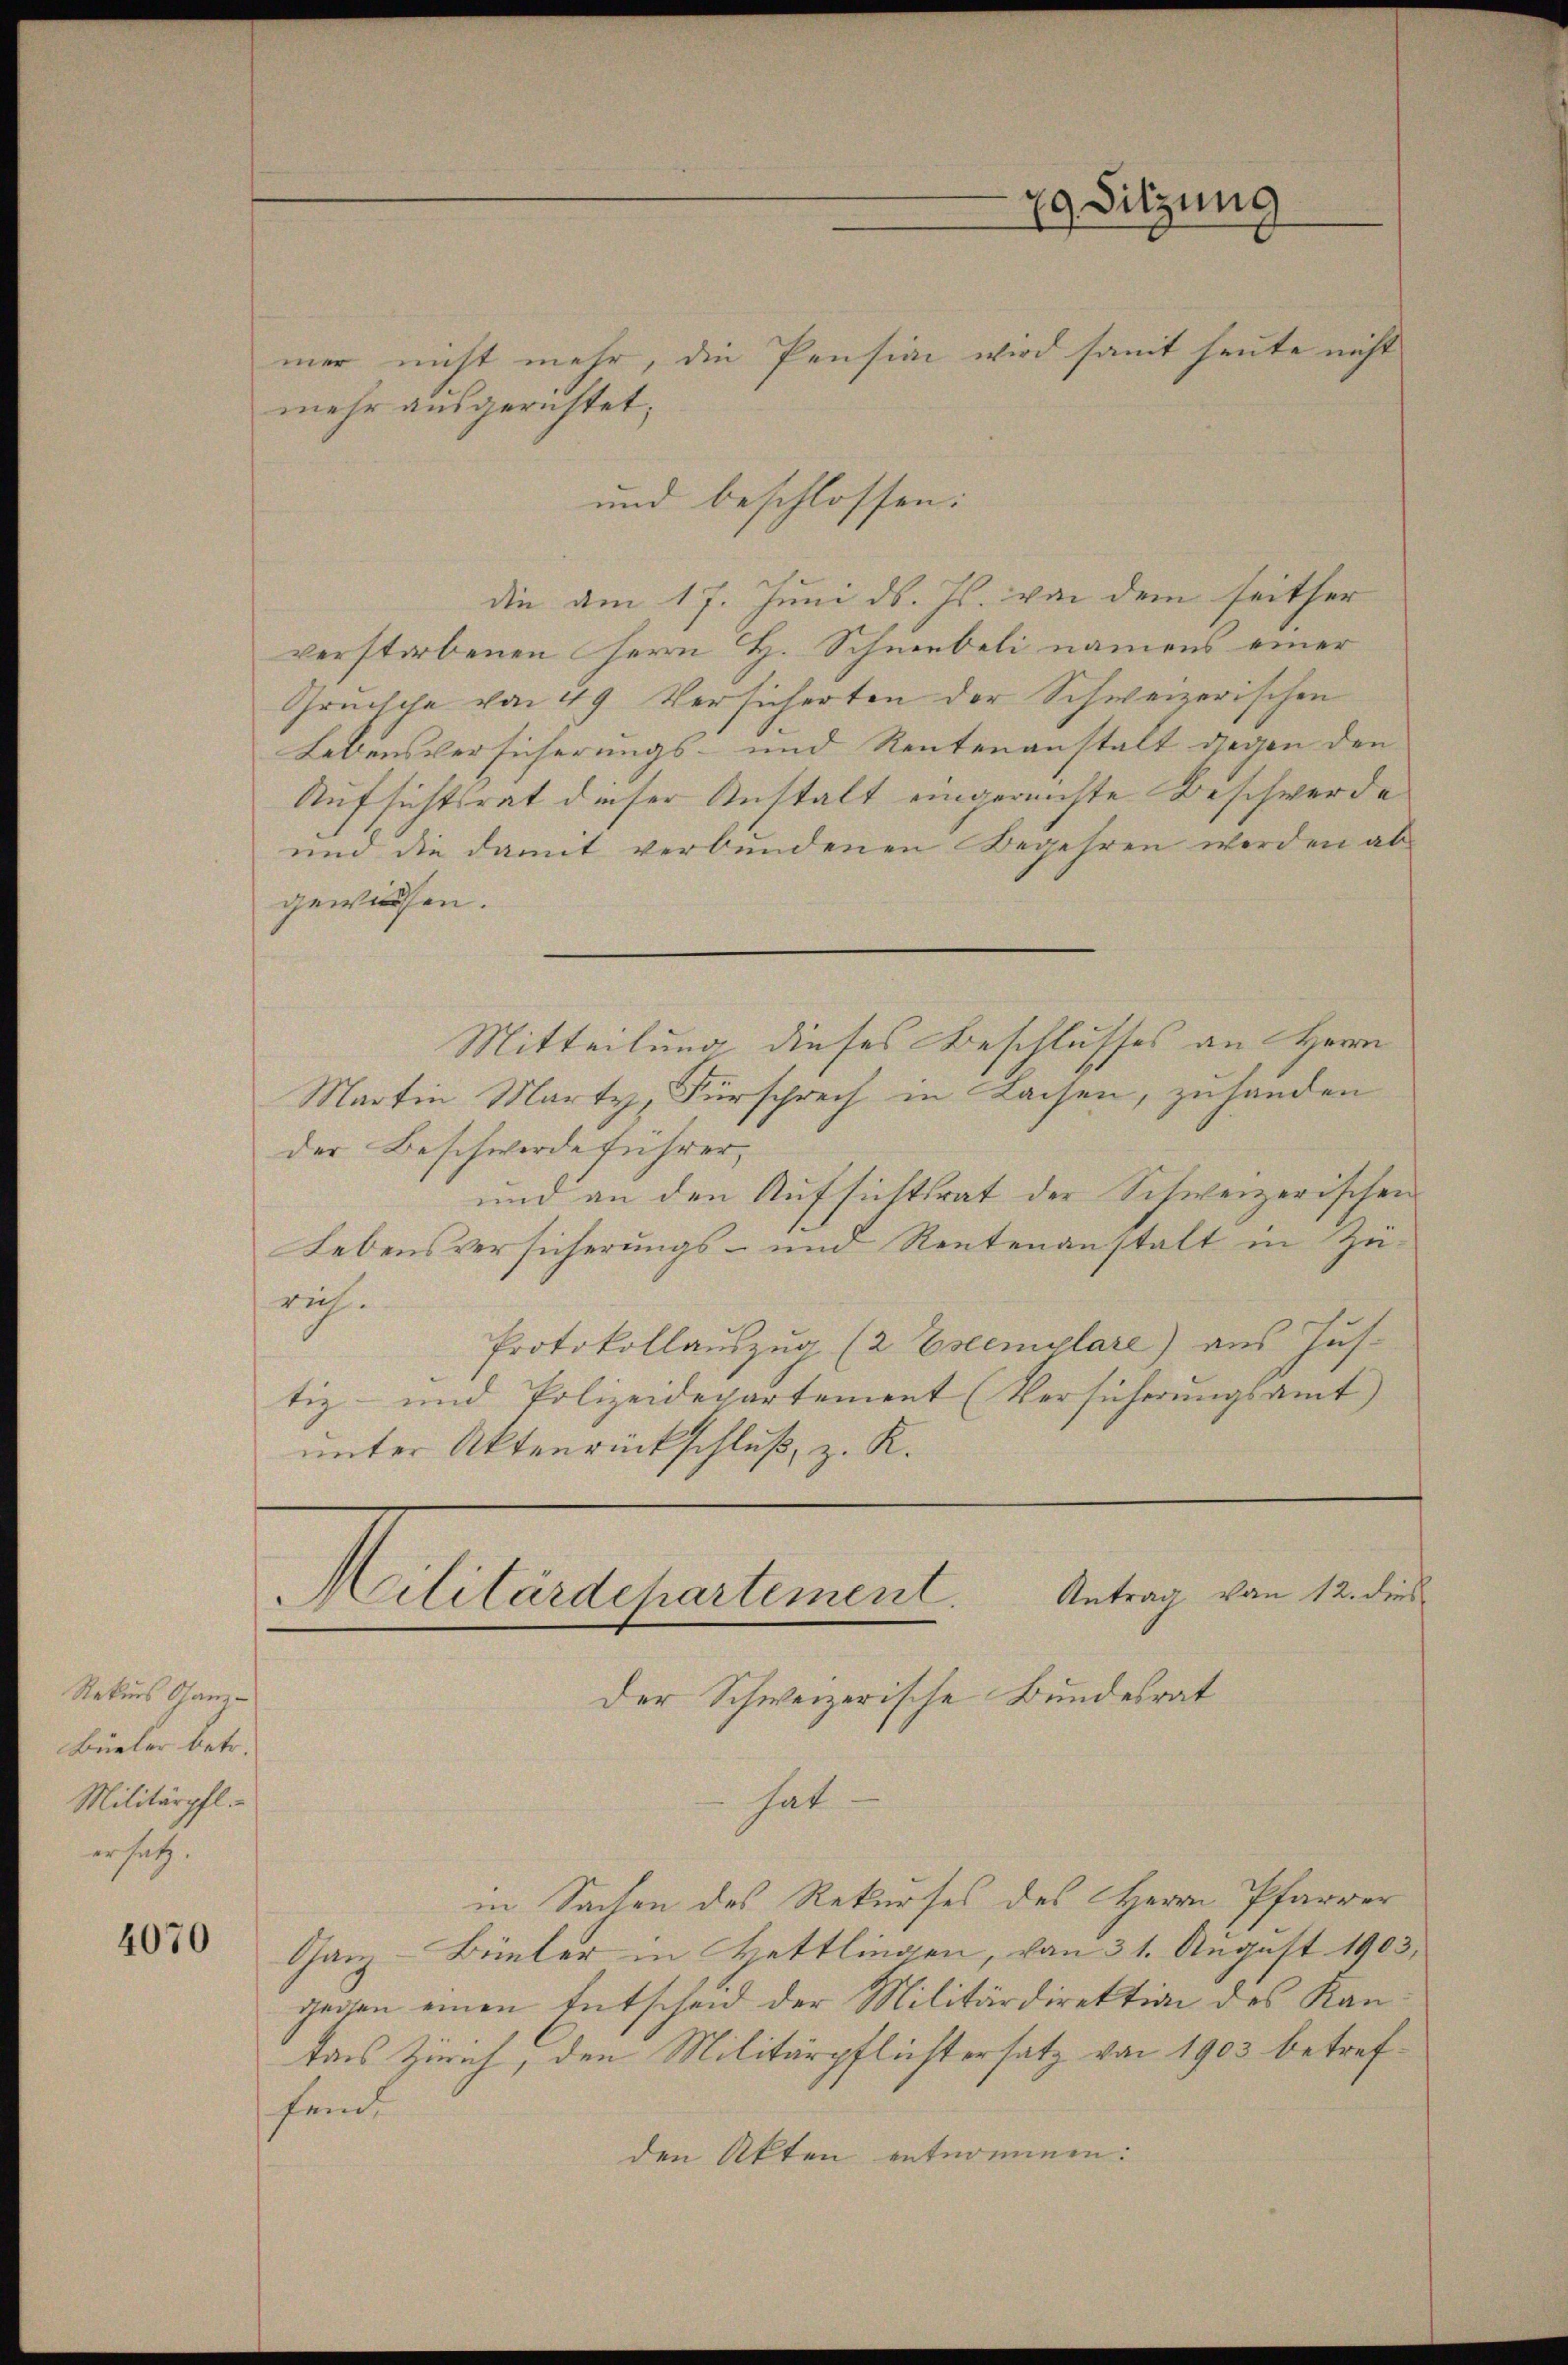
Rekurs Ganz
Büeler betr.
Militärpfl
ersatz

4070

mer nicht mehr, die Pension wird samt heute nicht
die am 17. Juni d. Js. von dem seither
verstorbenen Herrn H. Schneebeli namens einer
Grüchche von 49 Versicherten der Schweizerischen
Lebensversicherungs- und Rentenanstalt gegen den
Aufsichtsrat dieser Anstalt eingereichte Beschwerde
und die damit verbundenen Begehren werden ab-
gewissen.
Mitteilung dieses Beschlusses an Herrn
Martin Marty, Fürsprech in Kaisen, zuhanden
der Beschwerde führer,
und an den Aufsichtsrat der Schweizerischen
Lebensversicherungs- und Rentenanstalt in Zürich.
Protokollauszug (2 Escemplare) aus Jus
tiz- und Polizeidepartement (Versicherungsamt
unter Aktenrückschluß, z. R.

mehr ausgerichtet;

fende

und beschlossen:

79 Sitzung

Militärdepartement. Antrag von 12. dies
Der Schweizerische Bundesrat

hat.
in Sachen des Rekurses des Herrn Pfarrer
Ganz-Büeter in Bettlingen, von 31. August 1903,
gegen einen Entscheid der Militärdirektion des Kantans Zürich, den Militärpflichtersatz von 1903 betrefden Akten entnommen.